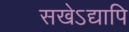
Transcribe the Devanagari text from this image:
सखेऽद्यापि